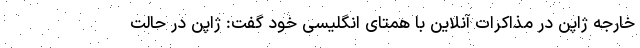
خارجه ژاپن در مذاکرات آنلاین با همتای انگلیسی خود گفت: ژاپن در حالت